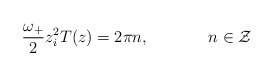
\begin{align*}\frac{\omega_+}{2} z_i^2 T(z) = 2 \pi n, \hskip 1.5cm n \in {\cal Z}\end{align*}